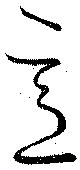
意